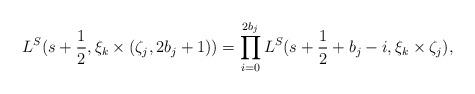
LaTeX: \begin{align*}L^S(s+\frac{1}{2},\xi_k\times (\zeta_j,2b_j+1))=\prod_{i=0}^{2b_j}L^S(s+\frac{1}{2}+b_j-i,\xi_k\times\zeta_j),\end{align*}